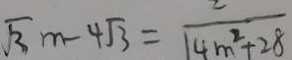
\sqrt { 3 } m - 4 \sqrt { 3 } = \frac { 2 } { 1 4 m ^ { 2 } + 2 8 }